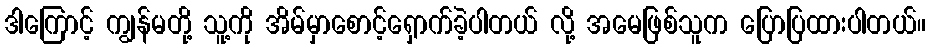
ဒါကြောင့် ကျွန်မတို့ သူ့ကို အိမ်မှာစောင့်ရှောက်ခဲ့ပါတယ် လို့ အမေဖြစ်သူက ပြောပြထားပါတယ်။